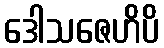
ဒေါသဇေဟိပိ